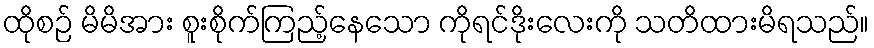
ထိုစဉ် မိမိအား စူးစိုက်ကြည့်နေသော ကိုရင်ဒိုးလေးကို သတိထားမိရသည်။